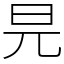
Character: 㫕